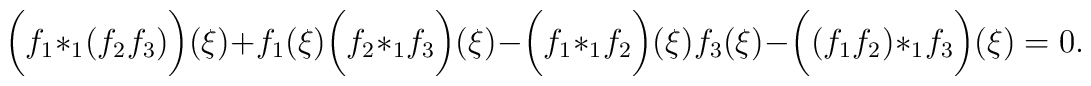
\biggl(f_1*_1(f_2f_3)\biggr)(\xi)+f_1(\xi)\biggl(f_2*_1f_3\biggr)(\xi)-\biggl(f_1*_1f_2\biggr)(\xi)f_3(\xi)-\biggl((f_1f_2)*_1f_3\biggr)(\xi)=0.